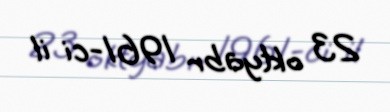
23 oktyabr 1961-ci il